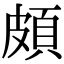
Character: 頗